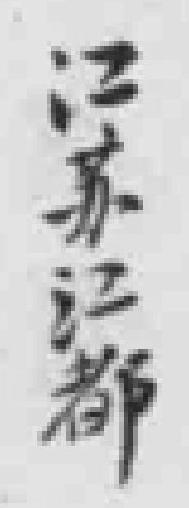
江苏江都